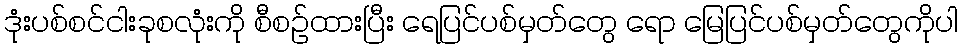
ဒုံးပစ်စင်ငါးခုစလုံးကို စီစဉ်ထားပြီး ရေပြင်ပစ်မှတ်တွေ ရော မြေပြင်ပစ်မှတ်တွေကိုပါ